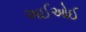
અઈઓઈ